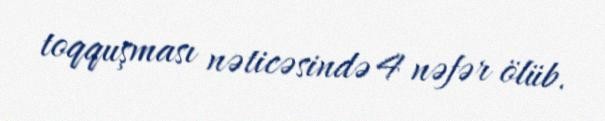
toqquşması nəticəsində 4 nəfər ölüb.